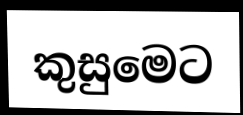
කුසුමෙට